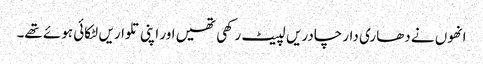
انھوں نے دھاری دار چادریں لپیٹ رکھی تھیں اور اپنی تلواریں لٹکائی ہوئے تھے۔